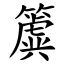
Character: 簴